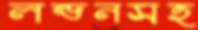
লন্ডনসহ